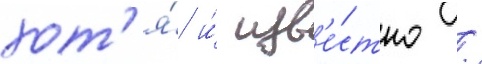
хот'я́ и́ изв'е́стно /